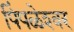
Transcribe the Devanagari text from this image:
पिंपळेश्‍वर